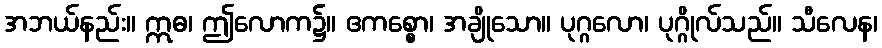
အဘယ်နည်း။ ဣဓ၊ ဤလောက၌။ ဧကစ္စော၊ အချိုသော။ ပုဂ္ဂလော၊ ပုဂ္ဂိုလ်သည်။ သီလေန၊